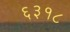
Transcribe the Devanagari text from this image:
६३१८